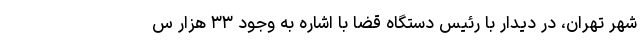
شهر تهران، در دیدار با رئیس دستگاه قضا با اشاره به وجود ۳۳ هزار س